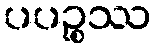
ပပဉ္စဿ